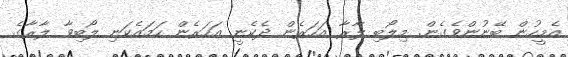
އެމީހުން ބޭނުންވެގެން. މިލޯބި ލާރާ އަހަރެން ދެކެނީ އަހަރެން ހަމައެކަނި ލޯބިވާ ލާރާގެ